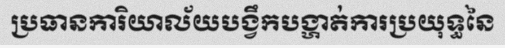
ប្រធានការិយាល័យបង្វឹកបង្ហាត់ការប្រយុទ្ធនៃ